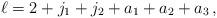
LaTeX: \begin{align*} \ell = 2+j_1+j_2+a_1+a_2+a_3\,,\end{align*}